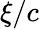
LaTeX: \xi/c